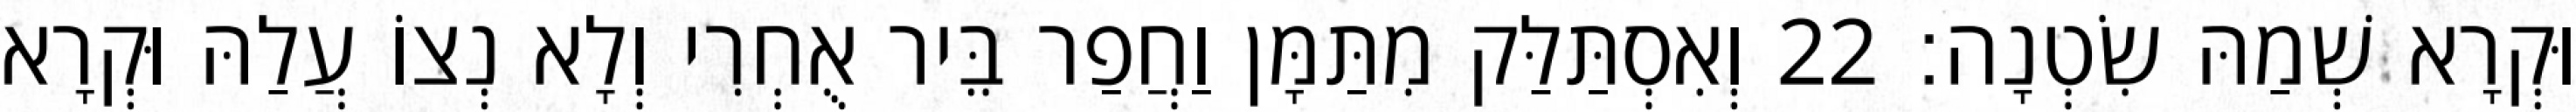
וּקְרָא שְׁמַהּ שִׂטְנָה׃ 22 וְאִסְתַּלַּק מִתַּמָּן וַחֲפַר בֵּיר אֻחְרִי וְלָא נְצוֹ עֲלַהּ וּקְרָא